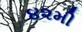
૪૨મી